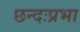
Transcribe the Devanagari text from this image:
छन्दःप्रभा